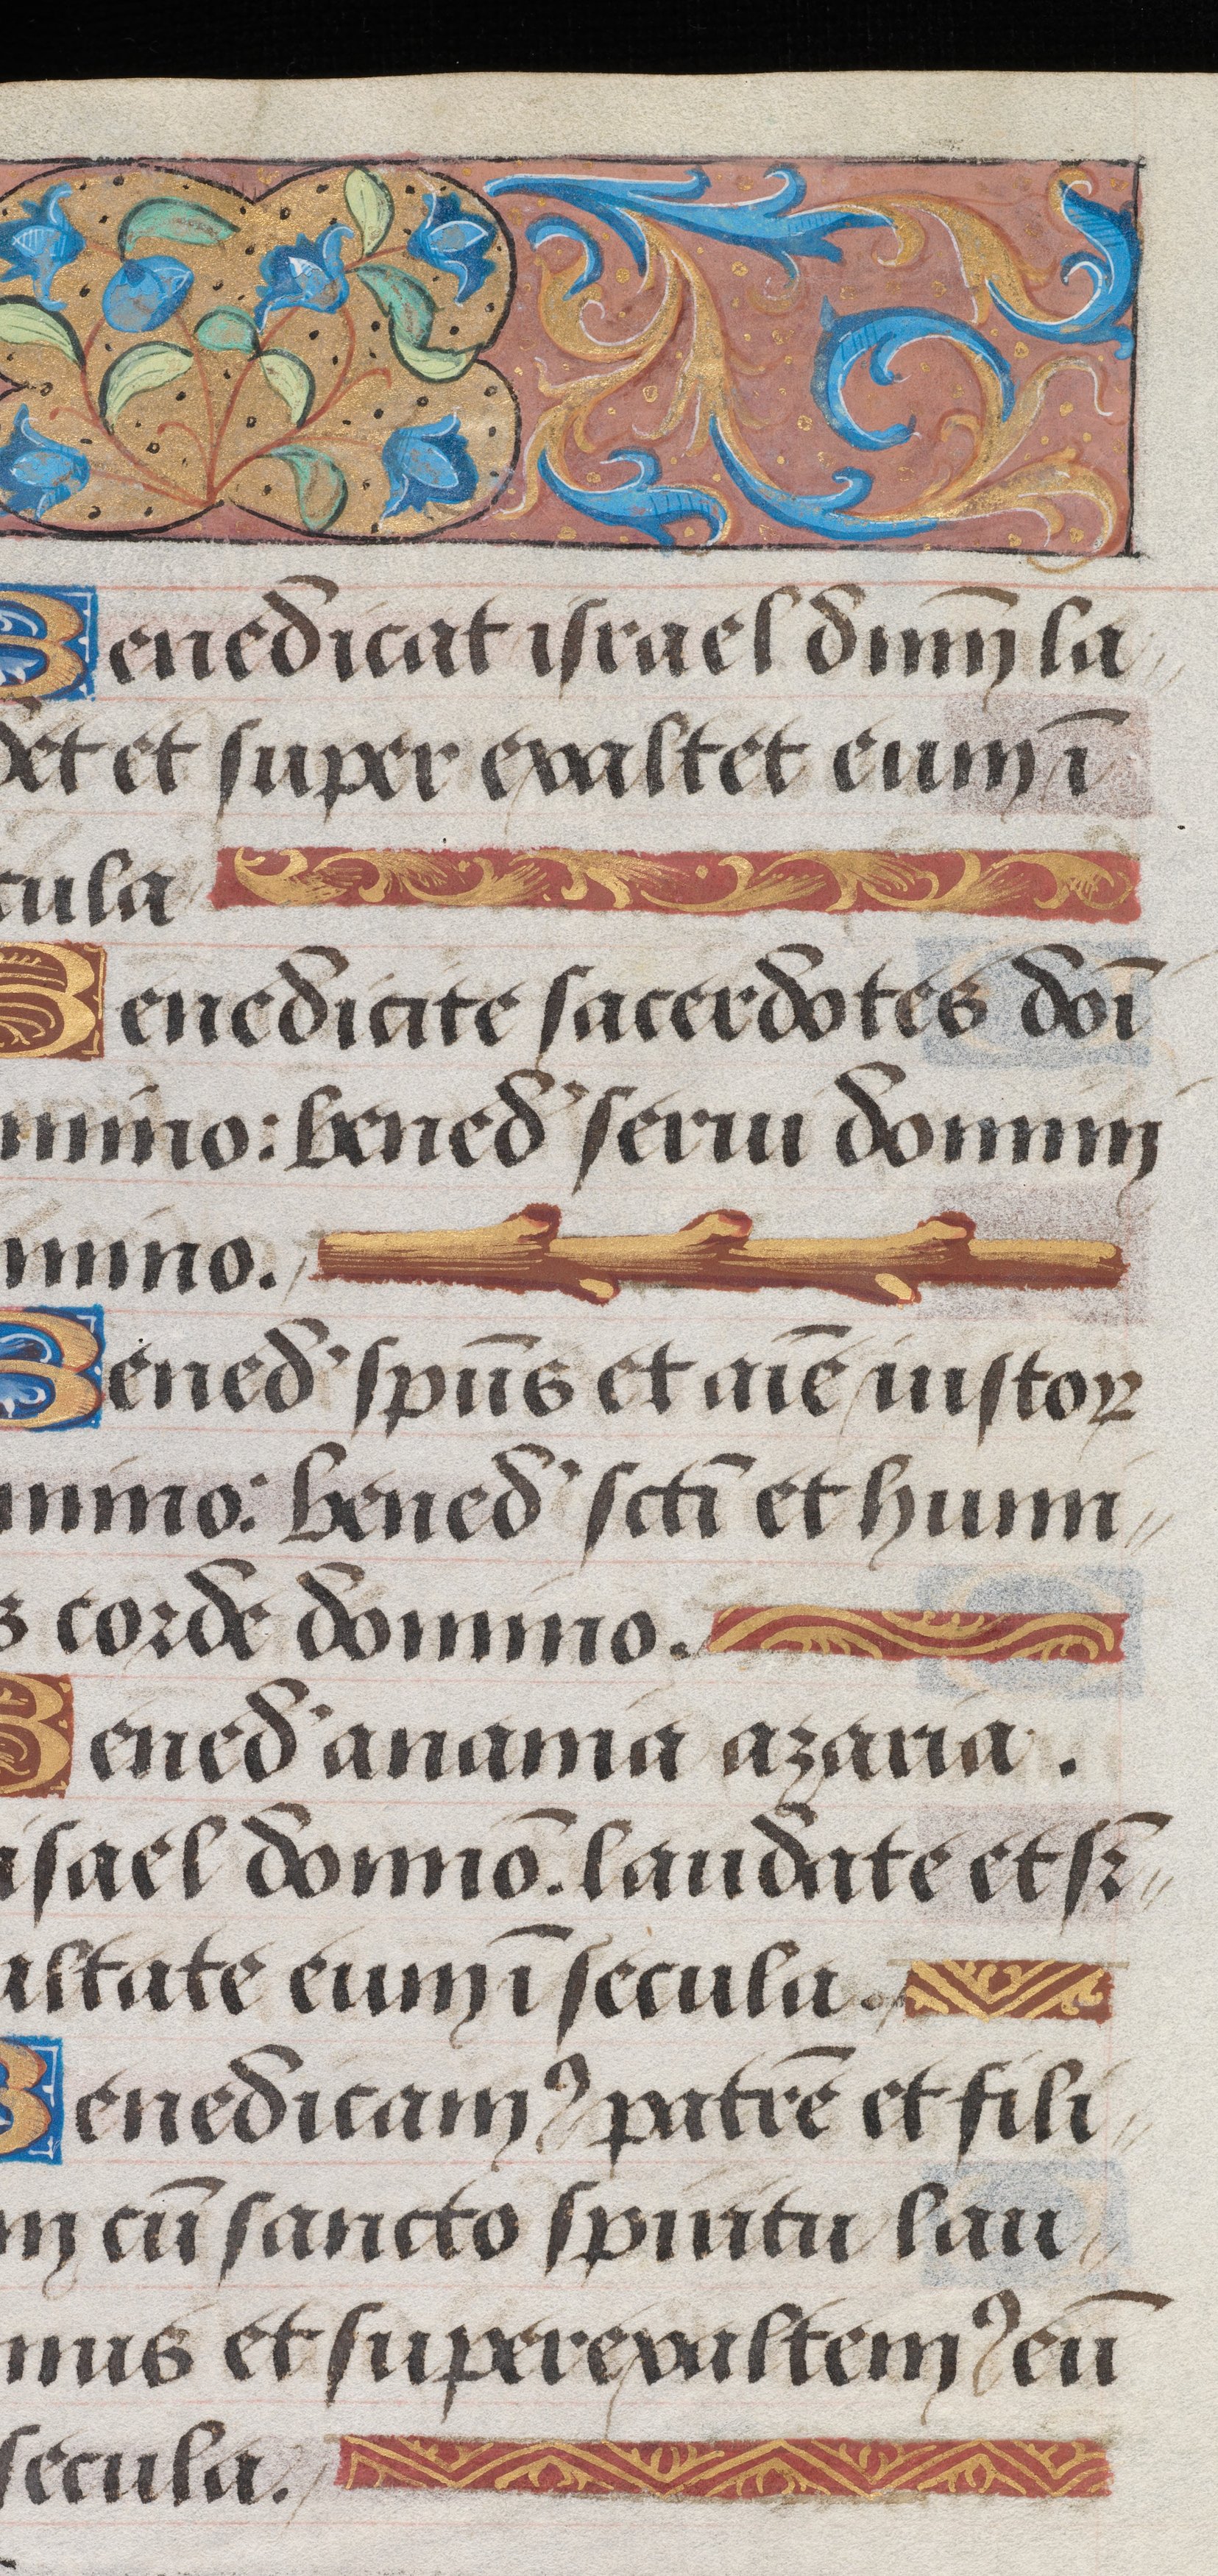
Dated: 1495–1498